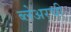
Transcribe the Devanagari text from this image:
ब्लेअरची